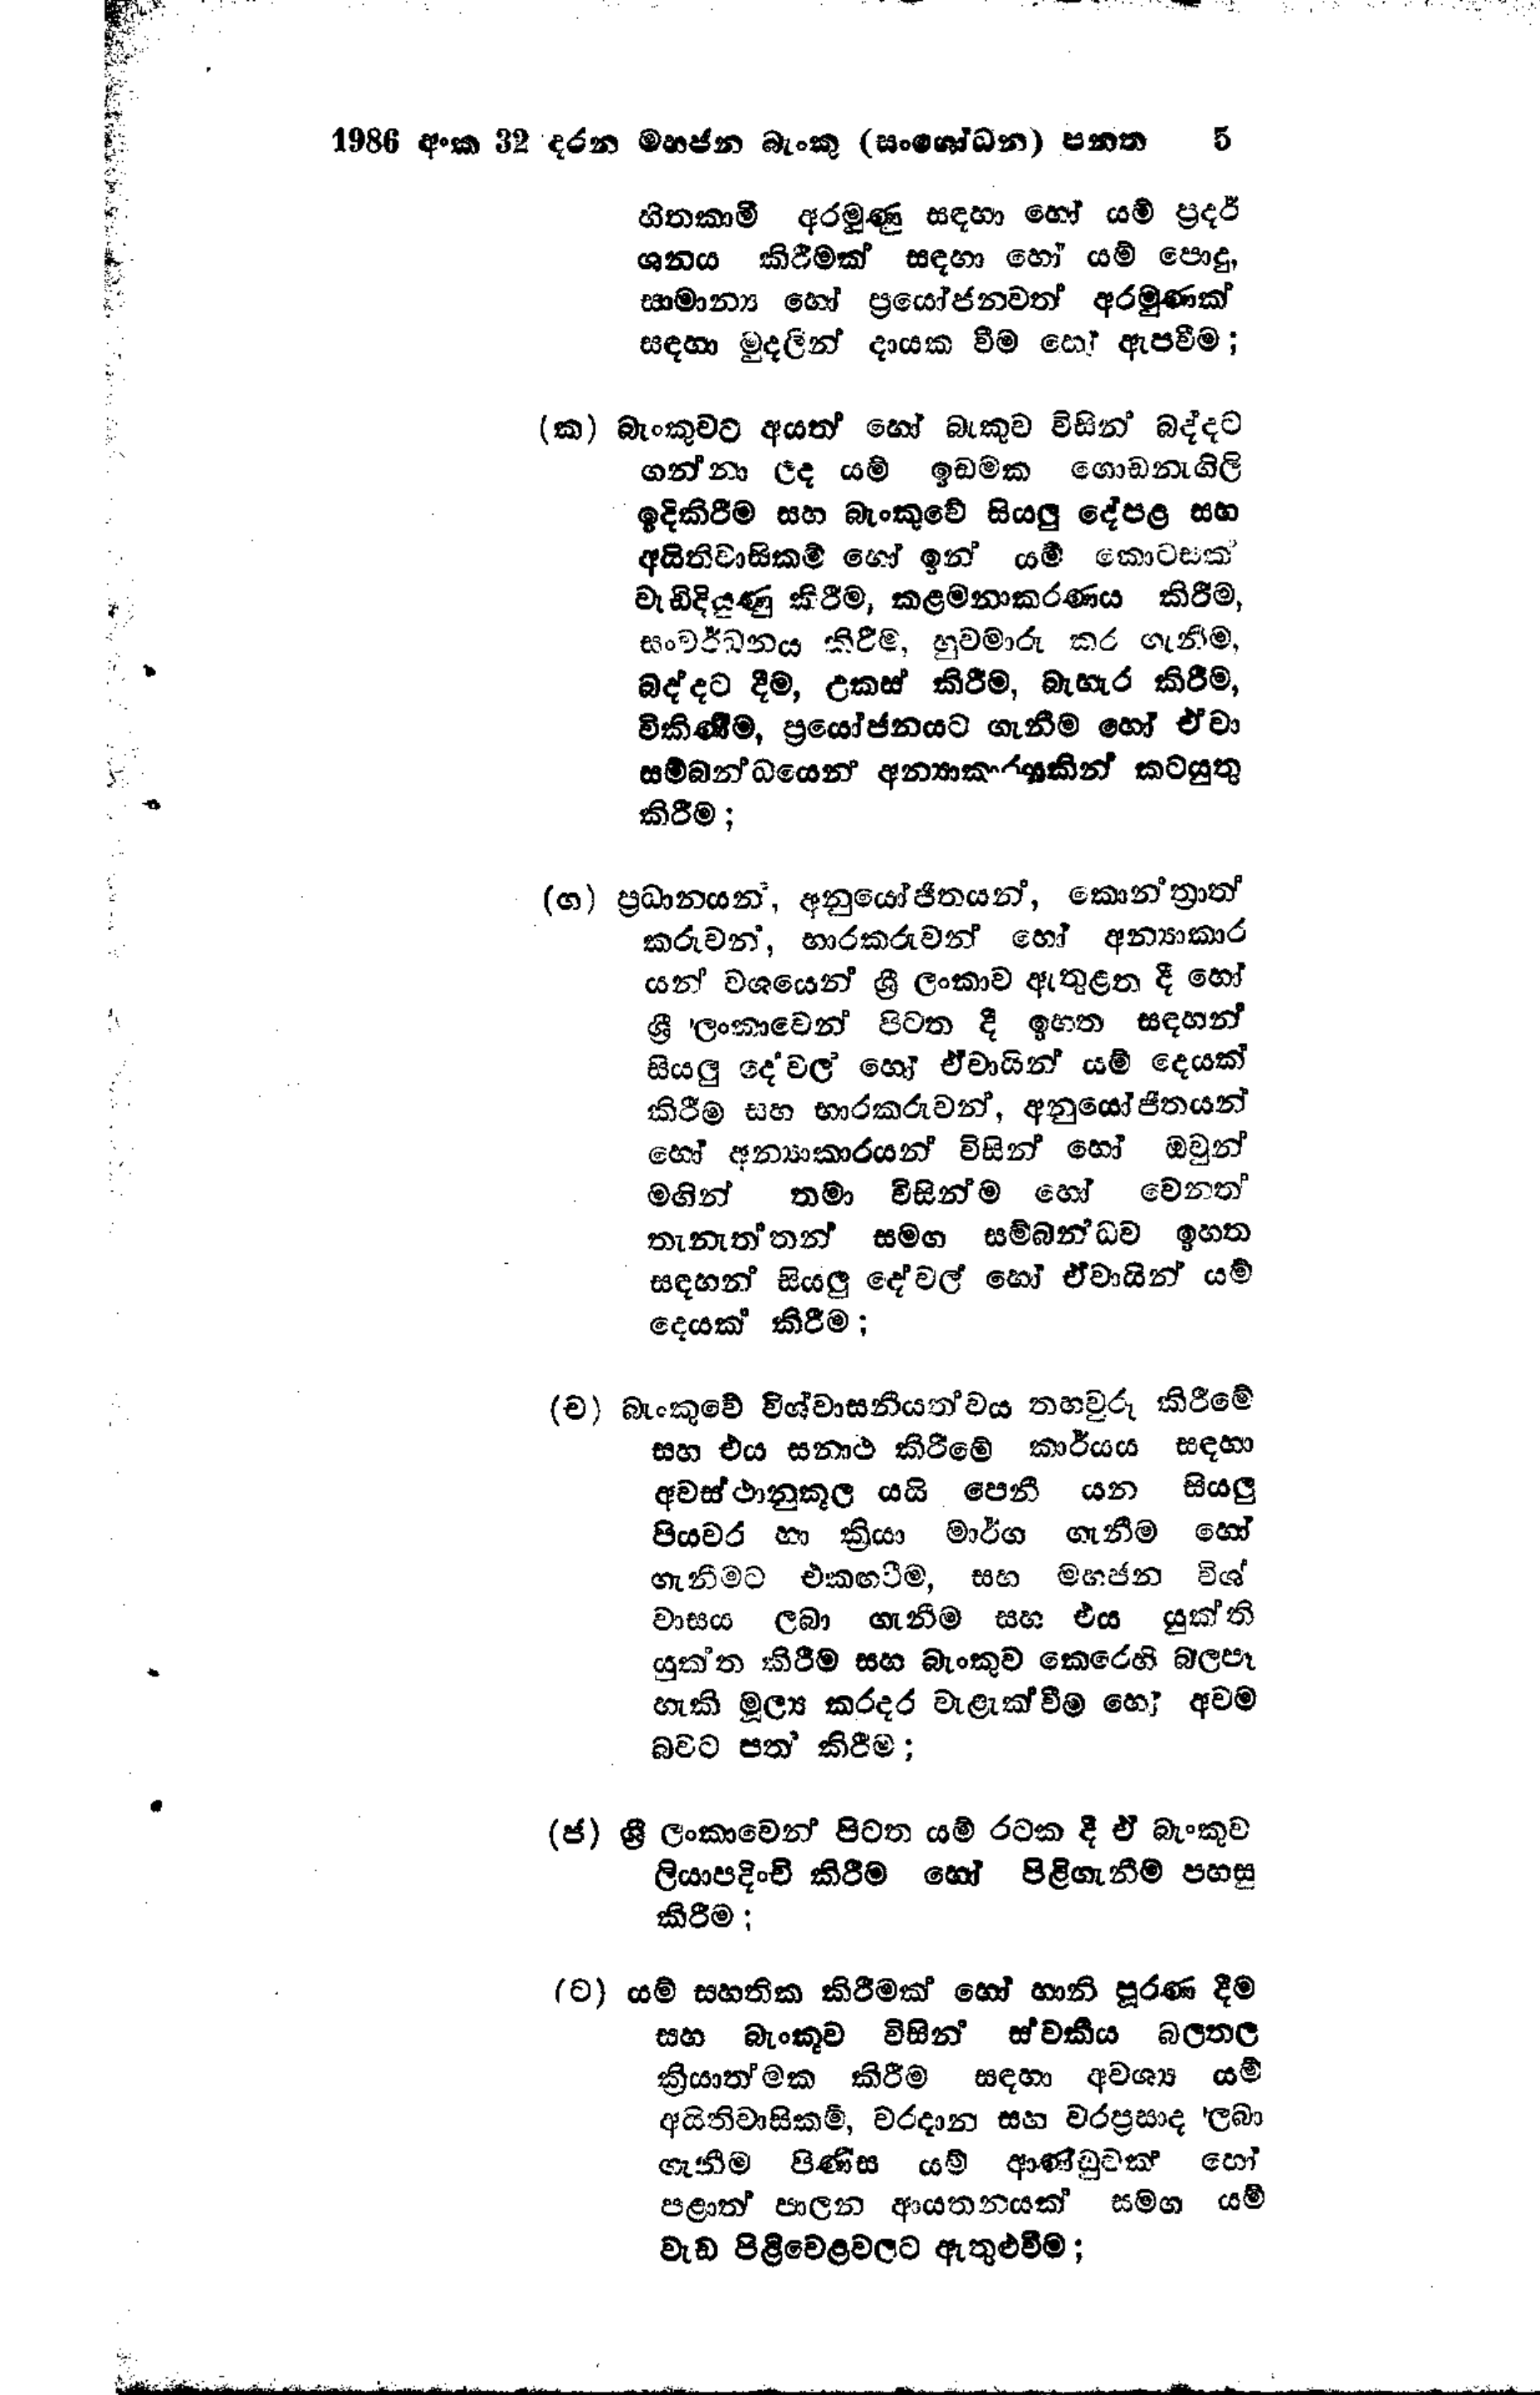
1986 අංක 32 දරන මහජන බැංකු (සංශෝධන) පනත 5

හිතකාමී අරමුණු සඳහා හෝ යම් ප්‍රදර්
ශනය කිරීමක් සඳහා හෝ යම් පොදු,
සාමාන්‍ය හෝ ප්‍රයෝජනවත් අරමුණක්
සඳහා මුදලින් දායක වීම හෝ ඇපවීම;

(ක) බැංකුවට අයත් හෝ බැංකුව විසින් බද්දට
ගන්නා ලද යම් ඉඩමක ගොඩනැගිලි
ඉදිකිරීම සහ බැංකුවේ සියලු දේපළ සහ
අයිතිවාසිකම් හෝ ඉන් යම් කොටසක්
වැඩිදියුණු කිරීම, කළමනාකරණය කිරීම,
සංවර්ධනය කිරීම, හුවමාරු කර ගැනීම,
බද්දට දීම, උකස් කිරීම, බැහැර කිරීම,
විකිණීම, ප්‍රයෝජනයට ගැනීම හෝ ඒවා
සම්බන්ධයෙන් අන්‍යාකාරයකින් කටයුතු
කිරීම;

(ග) ප්‍රධානයන්, අනුයෝජිතයන්, කොන්ත්‍රාත්
කරුවන්, භාරකරුවන් හෝ අන්‍යාකාර
යන් වශයෙන් ශ්‍රී ලංකාව ඇතුළත දී හෝ
ශ්‍රී ලංකාවෙන් පිටත දී ඉහත සඳහන්
සියලු දේවල‍් හෝ ඒවායින් යම් දෙයක්
කිරීම සහ භාරකරුවන්, අනුයෝජිතයන්
හෝ අන්‍යාකාරයන් විසින් හෝ ඔවුන්
මඟින් තමා විසින්ම හෝ වෙනත්
තැනැත්තන් සමඟ සම්බන්ධව ඉහත
සඳහන් සියලු දේවල් හෝ ඒවායින් යම්
දෙයක් කිරීම;

(ච) බැංකුවේ විශ්වාසනීයත්වය තහවුරු කිරීමේ
සහ එය සනාථ කිරීමේ කාර්යය සඳහා
අවස්ථානුකූල යයි පෙනී යන සියලු
පියවර හා ක්‍රියා මාර්ග ගැනීම හෝ
ගැනීමට එකඟවීම, සහ මහජන විශ්
වාසය ලබා ගැනීම සහ එය යුක්ති
යුක්ත කිරීම සහ බැංකුව කෙරෙහි බලපෑ
හැකි මූල්‍ය කරදර වැළැක්වීම හෝ අවම
බවට පත කිරීම;

(ජ) ශ්‍රී ලංකාවෙන් පිටත යම් රටක දී ඒ බැංකුව
ලියාපදිංචි කිරීම හෝ පිළිගැනීම පහසු
කිරීම;

(ට) යම් සහතික කිරීමක් හෝ හානි පූරණ දීම
සහ බැංකුව විසින් ස්වකීය බලතල
ක්‍රියාත්මක කිරීම සඳහා අවශ්‍ය යම්
අයිතිවාසිකම්, වරදාන සහ වරප්‍රසාද ලබා
ගැනීම පිණිස යම් ආණ්ඩුවක් හෝ
පළාත් පාලන ආයතනයක් සමග යම්
වැඩ පිළිවෙළවලට ඇතුළුවීම;